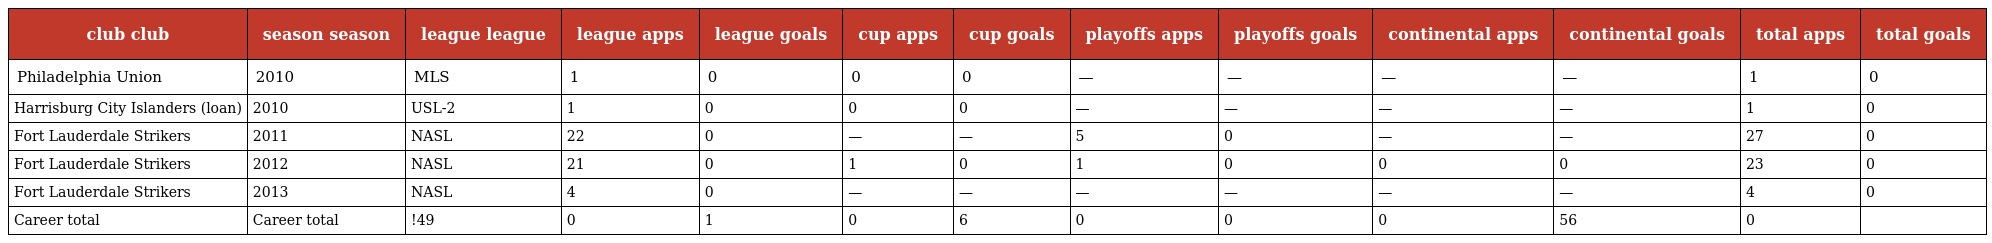
| club club | season season | league league | league apps | league goals | cup apps | cup goals | playoffs apps | playoffs goals | continental apps | continental goals | total apps | total goals |
 | --- | --- | --- | --- | --- | --- | --- | --- | --- | --- | --- | --- | --- |
 | Philadelphia Union | 2010 | MLS | 1 | 0 | 0 | 0 | — | — | — | — | 1 | 0 |
 | Harrisburg City Islanders (loan) | 2010 | USL-2 | 1 | 0 | 0 | 0 | — | — | — | — | 1 | 0 |
 | Fort Lauderdale Strikers | 2011 | NASL | 22 | 0 | — | — | 5 | 0 | — | — | 27 | 0 |
 | Fort Lauderdale Strikers | 2012 | NASL | 21 | 0 | 1 | 0 | 1 | 0 | 0 | 0 | 23 | 0 |
 | Fort Lauderdale Strikers | 2013 | NASL | 4 | 0 | — | — | — | — | — | — | 4 | 0 |
 | Career total | Career total | !49 | 0 | 1 | 0 | 6 | 0 | 0 | 0 | 56 | 0 |  |